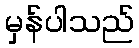
မှန်ပါသည်